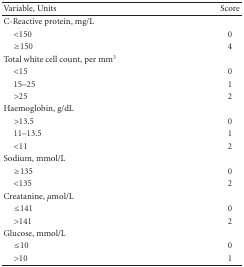
<table><thead><tr><td><b>Variable, Units</b></td><td><b>Score</b></td></tr></thead><tbody><tr><td>C-Reactive protein, mg/L </td><td> </td></tr><tr><td> &lt;150 </td><td>0 </td></tr><tr><td> ≥150</td><td>4</td></tr><tr><td>Total white cell count, per mm<sup>3</sup></td><td> </td></tr><tr><td> &lt;15 </td><td>0 </td></tr><tr><td> 15–25 </td><td>1 </td></tr><tr><td> &gt;25</td><td>2</td></tr><tr><td>Haemoglobin, g/dL </td><td> </td></tr><tr><td> &gt;13.5 </td><td>0 </td></tr><tr><td> 11–13.5 </td><td>1 </td></tr><tr><td> &lt;11</td><td>2</td></tr><tr><td>Sodium, mmol/L </td><td> </td></tr><tr><td> ≥135 </td><td>0 </td></tr><tr><td> &lt;135</td><td>2</td></tr><tr><td>Creatanine, <i>μ</i>mol/L </td><td> </td></tr><tr><td> ≤141 </td><td>0 </td></tr><tr><td> &gt;141</td><td>2</td></tr><tr><td>Glucose, mmol/L </td><td> </td></tr><tr><td> ≤10 </td><td>0</td></tr><tr><td> &gt;10</td><td>1</td></tr></tbody></table>